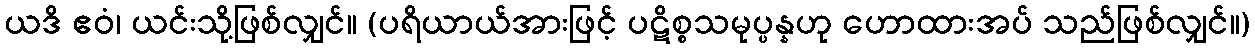
ယဒိ ဧဝံ၊ ယင်းသို့ဖြစ်လျှင်။ (ပရိယာယ်အားဖြင့် ပဋိစ္စသမုပ္ပန္နဟု ဟောထားအပ် သည်ဖြစ်လျှင်။)